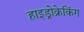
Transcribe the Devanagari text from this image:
हाइड्रोक्रेकिंग